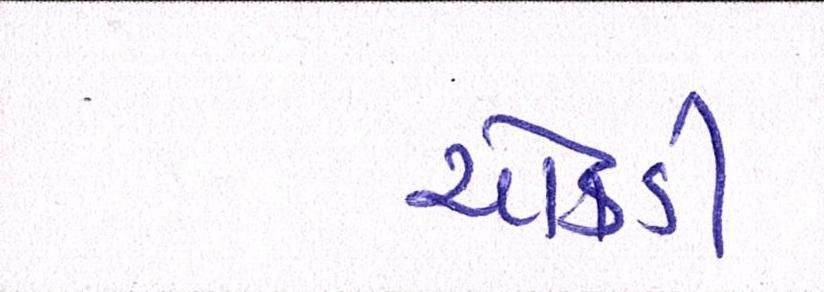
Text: ચોકડી